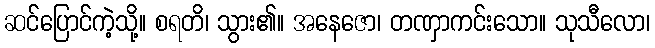
ဆင်ပြောင်ကဲ့သို့။ စရတိ၊ သွား၏။ အနေဇော၊ တဏှာကင်းသော။ သုသီလော၊